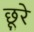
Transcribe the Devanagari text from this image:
छूरे